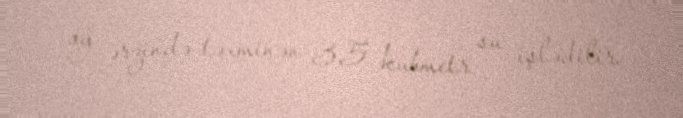
ay ərzində təxminən 3,5 kubmetr su işlədilir.